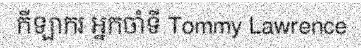
កីឡាករ អ្នកចាំទី Tommy Lawrence